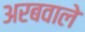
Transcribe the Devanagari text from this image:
अरबवाले